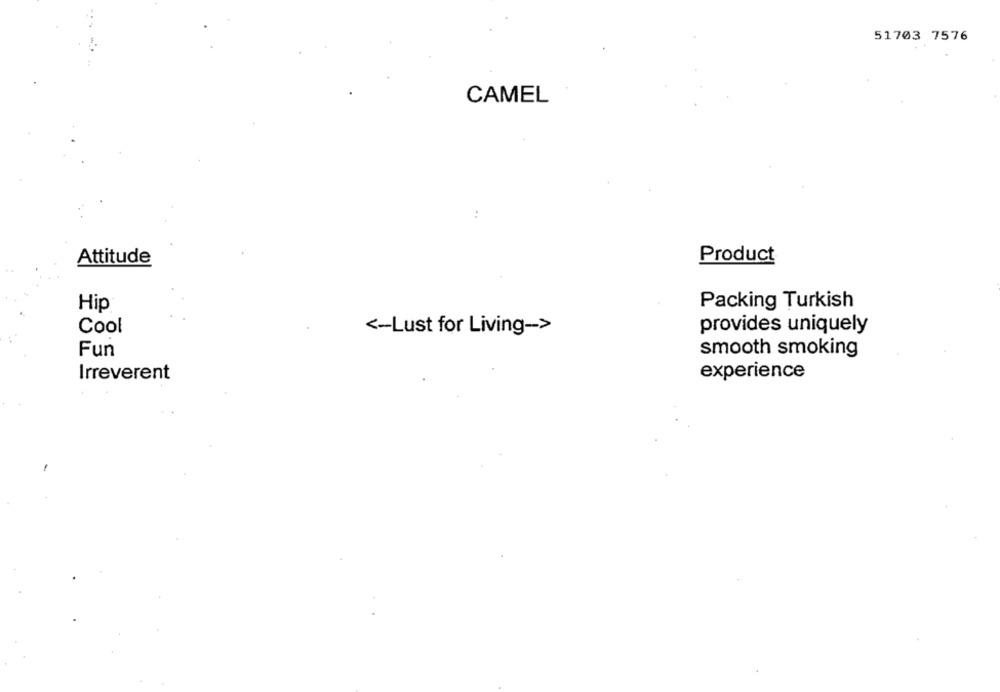
51703 7576
CAMEL
Attitude
Product
Packing Turkish
Hip
Cool
<- Lust for Living->
provides uniquely
Fun
smooth smoking
Irreverent
experience
-